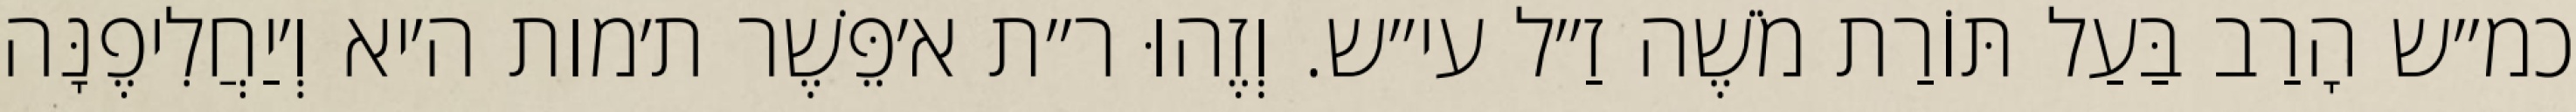
כמ״ש הָרַב בַּעַל תּוֹרַת מֹשֶׁה זַ״ל עי״ש. וְזֶהוּ ר״ת א׳פֵּשֶׁר ת׳מות ה׳יא וְ׳יַחֲלִיפֶנָּה